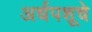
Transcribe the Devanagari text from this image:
अर्धपशूचे